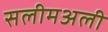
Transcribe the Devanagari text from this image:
सलीमअली